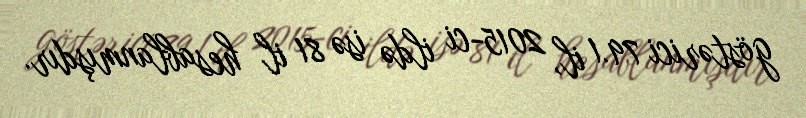
göstərici 79.1 il, 2015-ci ildə isə 81 il hesablanmışdır.